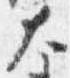
大